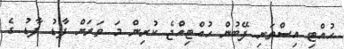
ހުއްޓި އިސްތަށި ފޭބުން ހުއްޓިއްޖެ ކުރިން މަ ވަރަށް ފާޑު ފާޑު ގެ